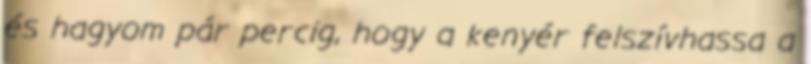
és hagyom pár percig, hogy a kenyér felszívhassa a